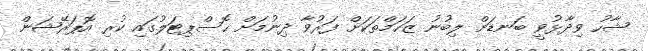
ޝާހު ވިދާޅުވީ ބަނޑަށް ލިބުނު ޒަހަމްތަކަށް ފަރުވާ ދިނުމަށް ހޮސްޕިޓަލުގައި ކުރި އޮޕަރޭޝަން